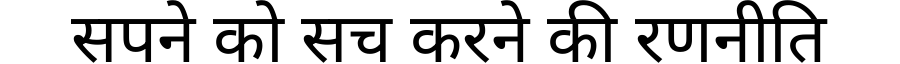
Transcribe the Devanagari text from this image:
सपने को सच करने की रणनीति